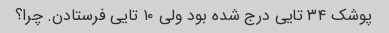
پوشک ۳۴ تایی درج شده بود ولی ۱۰ تایی فرستادن. چرا؟